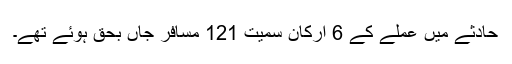
حادثے میں عملے کے 6 ارکان سمیت 121 مسافر جاں بحق ہوئے تھے۔